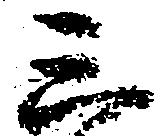
三